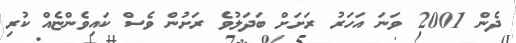
ދެން 2001 ވަނަ އަހަރު ރަށަށް ބަދަލުވެ ރަށުން ވެސް ކައިވެންޏެއް ކުރި